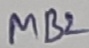
Text: MB2